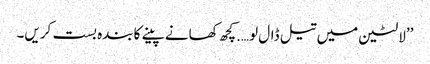
’’لالٹین میں تیل ڈال لو….کچھ کھانے پینے کابندہ بست کریں۔